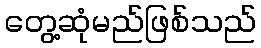
တွေ့ဆုံမည်ဖြစ်သည်